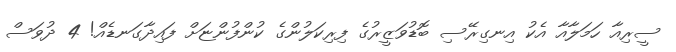
ސީރިއާ ހަމަލާއާ އެކު އިނގިރޭސި ބޮޑުވަޒީރުގެ ފިރިކަލުންގެ ކުންފުންޏަށް ފައިދާގަނޑެއް! 4 ދުވަސް